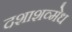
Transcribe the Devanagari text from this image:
दशाशव्मेध